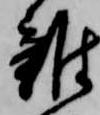
雑